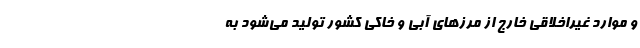
و موارد غیراخلاقی خارج از مرزهای آبی و خاکی کشور تولید می‌شود به